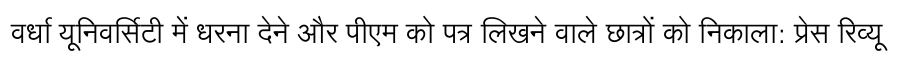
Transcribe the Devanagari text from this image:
वर्धा यूनिवर्सिटी में धरना देने और पीएम को पत्र लिखने वाले छात्रों को निकाला: प्रेस रिव्यू